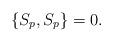
LaTeX: \begin{align*}\{S_p,S_p\} = 0.\end{align*}